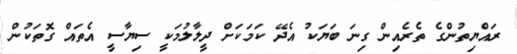
ރައްޔިތުންގެ ތެރެއިން ގިނަ ބަޔަކު އެދޭ ކަމަކަށް ދީލާލުމަކީ ސިޔާސީ އެތައް ގޮތަކުން